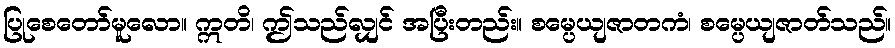
ပြုစေတော်မူလော။ ဣတိ၊ ဤသည်လျှင် အပြီးတည်း။ စမ္ပေယျဇာတကံ၊ စမ္ပေယျဇာတ်သည်။